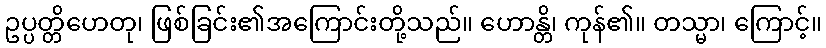
ဥပ္ပတ္တိဟေတု၊ ဖြစ်ခြင်း၏အကြောင်းတို့သည်။ ဟောန္တိ၊ ကုန်၏။ တသ္မာ၊ ကြောင့်။